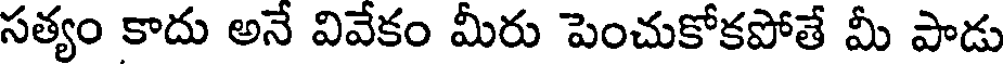
సత్యం కాదు అనే వివేకం మీరు పెంచుకోకపోతే మీ పాడు